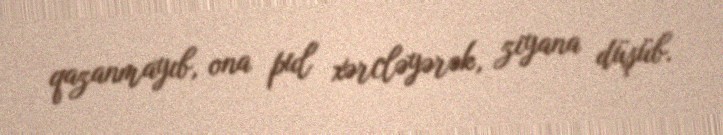
qazanmayıb, ona pul xərcləyərək, ziyana düşüb.